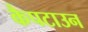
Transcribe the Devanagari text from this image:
कैपटाउन